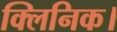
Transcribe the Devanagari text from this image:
क्लिनिक।